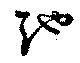
弛